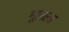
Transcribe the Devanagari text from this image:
भूलला